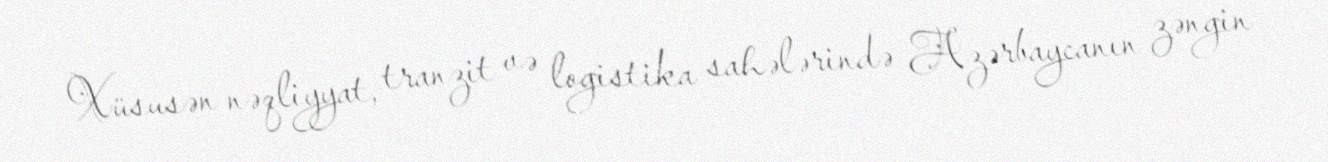
Xüsusən nəqliyyat, tranzit və logistika sahələrində Azərbaycanın zəngin